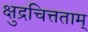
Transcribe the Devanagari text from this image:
क्षुद्रचित्तताम्